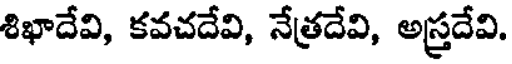
శిఖాదేవి, కవచదేవి, నేత్రదేవి, అస్త్రదేవి.